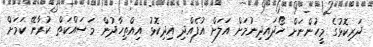
ދަރިކޮޅުގެ މީހުންނަށް ހޯދައިދިނުމަށް އަލަށް އުފެއްދި އިދިކޮޅު އިއްތިހާދުން މަސައްކަތް ކުރާނޭ ކަމަށް